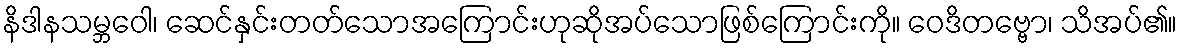
နိဒါနသမ္ဘဝေါ၊ ဆေင်နှင်းတတ်သောအကြောင်းဟုဆိုအပ်သောဖြစ်ကြောင်းကို။ ဝေဒိတဗ္ဗော၊ သိအပ်၏။